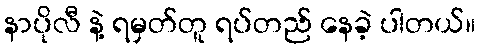
နာပိုလီ နဲ့ ရမှတ်တူ ရပ်တည် နေခဲ့ ပါတယ်။